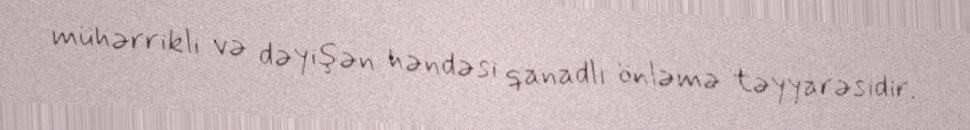
mühərrikli və dəyişən həndəsi qanadlı önləmə təyyarəsidir.